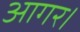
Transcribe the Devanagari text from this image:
आगर।